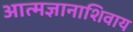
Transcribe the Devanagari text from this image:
आत्मज्ञानाशिवाय